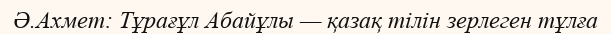
Ә.Ахмет: Тұрағұл Абайұлы — қазақ тілін зерлеген тұлға